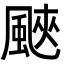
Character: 䬊